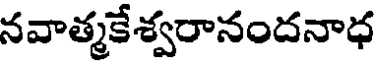
నవాత్మకేశ్వరానందనాధ